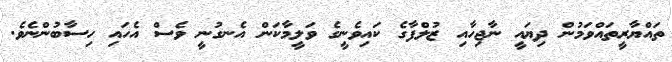
ތައްޔާރީތައްވަމުން ދިޔައީ ނާޖިހާއި ޒުލްފާގެ ކައިވެނީގެ ވަލީމާކަން އެނގުނީ ވެސް އެހައި ހިސާބުންނެވެ.